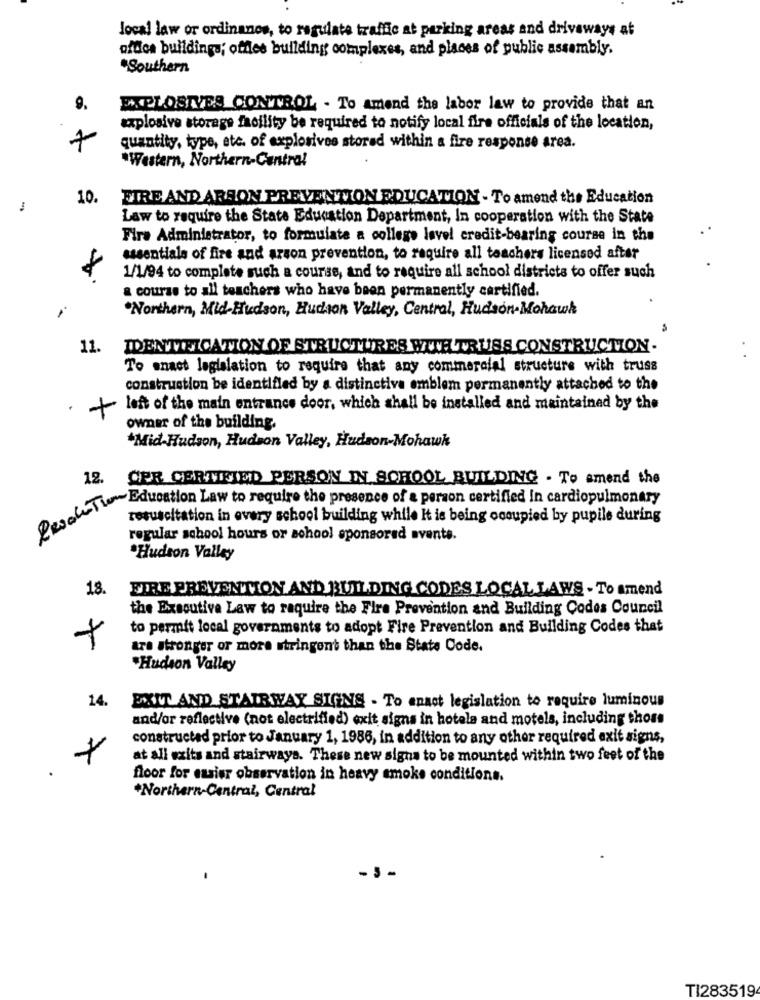
local law or ordinanos, to regulate traffic at parking areas and driveways at
office buildings; offles building complexes, and places of public assembly.
.Southern
9.
EXPLOSIVES CONTROL - To amend the labor law to provide that an
explosive storage facility be required to notify local fire officials of the location,
7
quantity, type, etc. of explosives stored within a fire response area.
*Western, Northern-Centra!
10.
FIRE AND ARSON PREVENTION EDUCATION - To amend the Education
Law to require the State Education Department, In cooperation with the State
Fire Administrator, to formulate a college level credit-bearing course in the
essentials of fire and arson prevention, to require all teachers licensed after
1/1/94 to complete such a course, and to require all school districts to offer such
a course to all teachers who have been permanently certified.
"Northern, Mid-Hudson, Hudson Valley, Central, Hudson-Mohawk
11.
IDENTIFICATION OF STRUCTURES WITH TRUSS CONSTRUCTION-
To enact legislation to require that any commercial structure with truss
construction be identified by a distinctive emblem permanently attached to the
+
left of the main entrance door, which shall be installed and maintained by the
owner of the building.
*Mid-Hudson, Hudson Valley, Hudson-Mohawk
12.
CER CERTIFIED PERSON IN SCHOOL BUILDING . To amend the
LeTies concation Law to require the presence of a person certified in cardiopulmonary
resuscitation in every school building while It is being occupied by pupile during
regular school hours or school sponsored events.
Hudson Valley
18.
FIRE PREVENTION AND BUILDING CODES LOCAL LAWS - To amend
the Executive Law to require the Fire Prevention and Building Codes Council
to permit local governments to adopt Fire Prevention and Building Codes that
tra stronger or more stringent than the State Code.
"Hudson Valley
EXIT AND STAIRWAY SIGNS - To enact legislation to require luminous
14.
and/or reflective (not electrified) exit signs in hotala and motels, including those
constructed prior to January 1, 1986, in addition to any other required exit signs,
at all exits and stairways. These new signs to be mounted within two feet of the
floor for eusier observation in heavy smoke conditions.
*Northern-Central, Central
TI283519